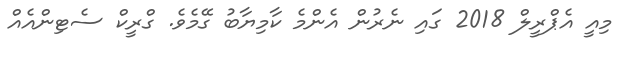
މިއީ އެޕްރީލް 2018 ގައި ނެރުން އެންމެ ކާމިޔާބު ގޭމެވެ. ގްރީކް ސެޓިންއެއް